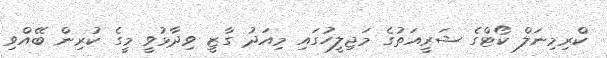
ކްރިމިނަލް ކޯޓްގެ ޝަރީއަތުގެ މަޖިލީހުގައި މިއަދު ގާޒީ ވިދާޅުވީ މީގެ ކުރިން ބޭއްވި